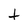
Character: t